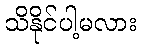
သိနိုင်ပါ့မလား